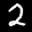
Label: 2